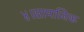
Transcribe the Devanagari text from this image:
४।सामाजिक